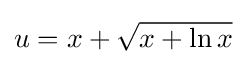
u=x+{\sqrt {x+\ln x}}